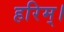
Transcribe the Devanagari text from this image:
हरिम्।